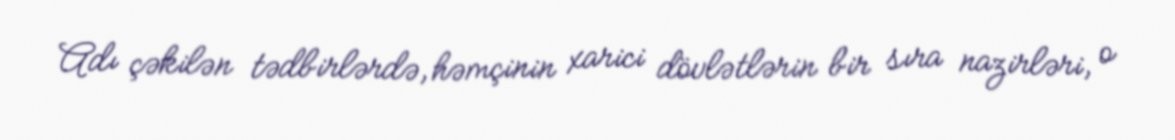
Adı çəkilən tədbirlərdə, həmçinin xarici dövlətlərin bir sıra nazirləri, o